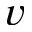
v